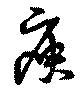
庾